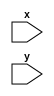
module gameBorder (
	x,
	y
	
//	rgb
	);

	//static val
	parameter BUS_WIDTH = 12;
    parameter TOP = 96;
    parameter BOTTOM = 290;
    parameter LEFT = 220;
    parameter RIGHT = 420;

    parameter THICKNESS = 10;

	input wire [9:0] x, y;

	wire atBottomBorder = (BOTTOM<=y)&&(BOTTOM+THICKNESS>=y);
	wire atTopBorder = (TOP>=y)&&(y>=TOP-THICKNESS);

	wire atRightBorder = (RIGHT<=x)&&(RIGHT+THICKNESS>=x);
	wire atLeftBorder = (LEFT>=x)&&(x>=LEFT-THICKNESS);

	//check inBoundary
	wire inBoundaryY = (y>TOP)&&(y<BOTTOM);
	wire inBoundaryY = (x>LEFT)&&(x<RIGHT);

//	assign rgb = ((inBoundX && (isTop || isBottom)) || (inBoundY && (isLeft || isRight))) ? 15'd3 : 5'd0;
endmodule